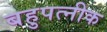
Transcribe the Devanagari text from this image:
बहुपत्‍नीक